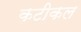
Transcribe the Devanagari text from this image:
कटीकल